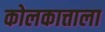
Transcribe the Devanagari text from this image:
कोलकात्ताला